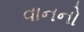
વાનનો